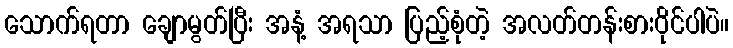
သောက်ရတာ ချောမွတ်ပြီး အနံ့ အရသာ ပြည့်စုံတဲ့ အလတ်တန်းစားဝိုင်ပါပဲ။